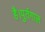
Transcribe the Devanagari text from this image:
है।पुर्तगाल